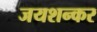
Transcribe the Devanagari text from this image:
जयशन्कर